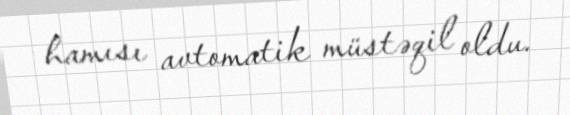
hamısı avtomatik müstəqil oldu.